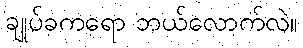
ချုပ်ခကရော ဘယ်လောက်လဲ။